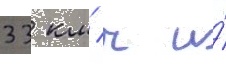
33 км/ ч и́